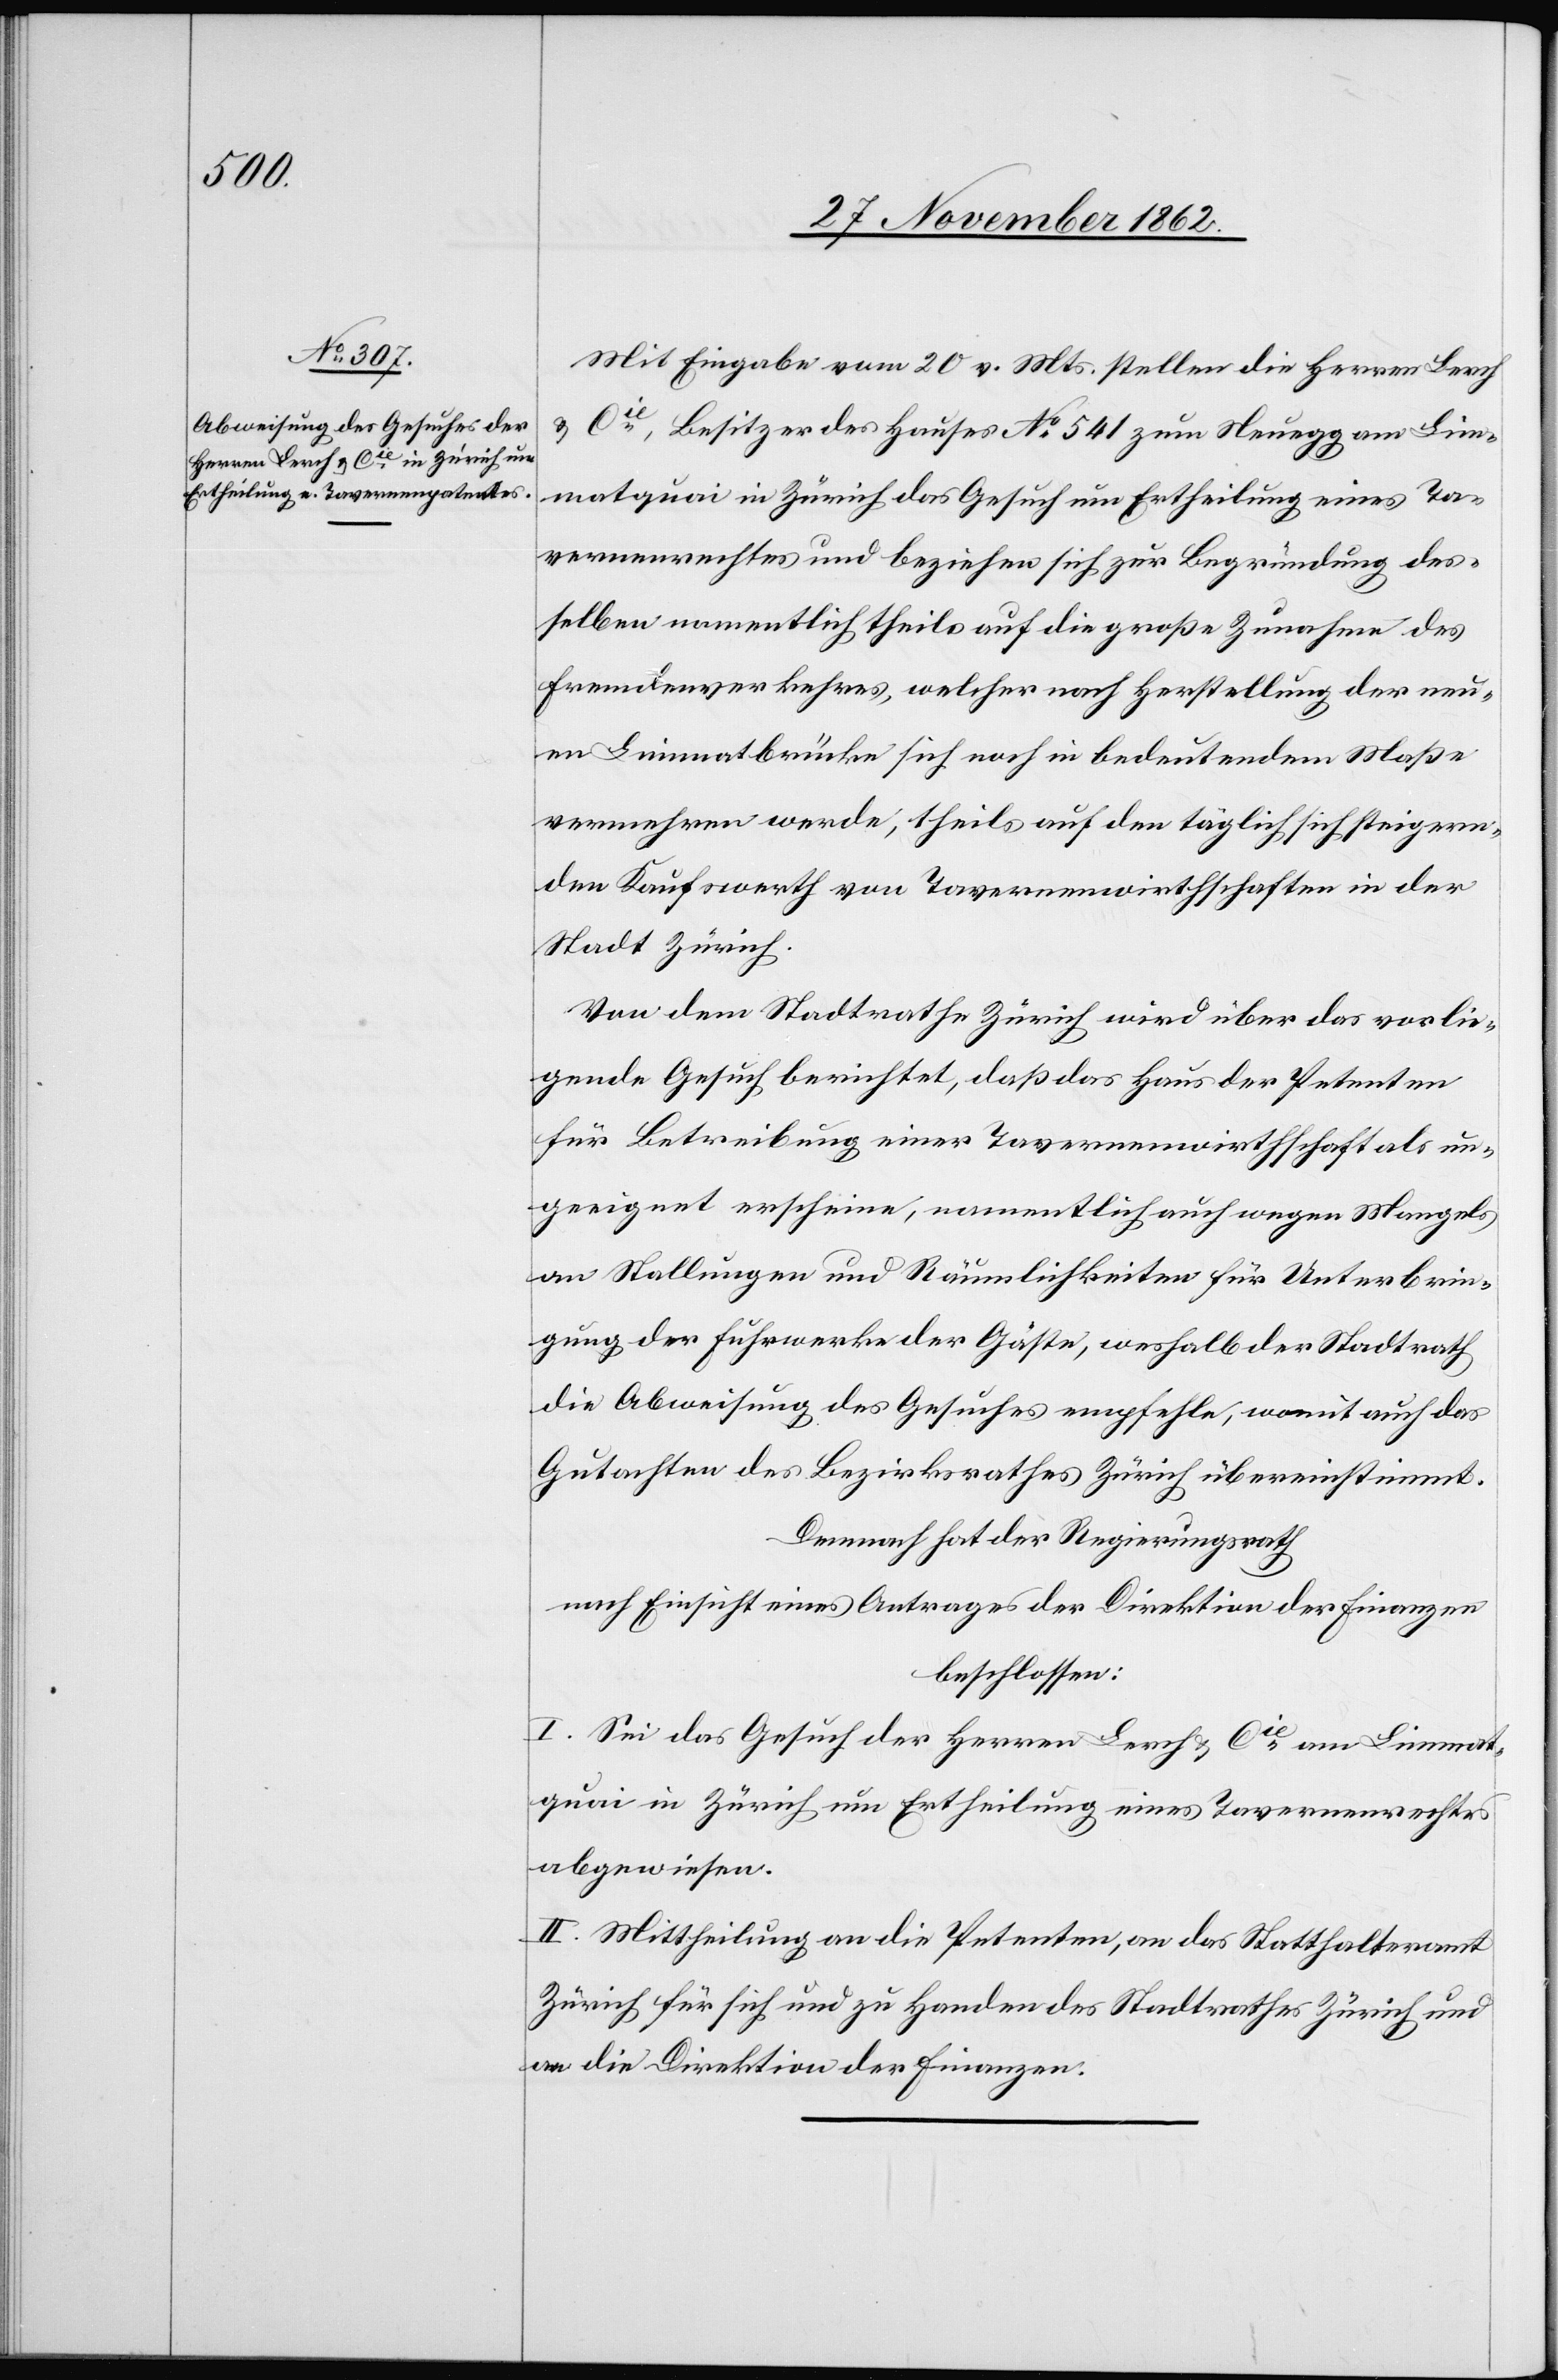
Mit Eingabe vom 20. v. Mts. stellen die Herren Lerch
u. Cie, Besitzer des Hauses No 541 zum Neuegg am Lim¬
matquai in Zürich das Gesuch um Ertheilung eines Ta¬
vernenrechtes und beziehen sich zur Begründung des¬
selben namentlich theils auf die große Zunahme des
Fremdenverkehres, welcher nach Herstellung der neu¬
en Limmatbrücke sich noch in bedeutendem Maße
vermehren werde, theils auf den täglich sich steigern¬
den Kaufswerth von Tavernenwirthschaften in der
Stadt Zürich.
Von dem Stadtrathe Zürich wird über das vorlie¬
gende Gesuch berichtet, daß das Haus der Petenten
für Betreibung einer Tavernenwirthschaft als un¬
geeignet erscheine, namentlich auch wegen Mangels
an Stellungen und Räumlichkeiten für Unterbrin¬
gung der Fuhrwerke der Gäste, weshalb der Stadtrath
die Abweisung des Gesuches empfehle, womit auch das
Gutachten des Bezirksrathes Zürich übereinstimmt.
Demnach hat der Regierungsrath
nach Einsicht eines Antrages der Direktion der Finanzen
beschlossen:
I. Sei das Gesuch der Herren Lerch u. Cie am Limmat¬
quai in Zürich um Ertheilung eines Tavernenrechtes
abgewiesen.
II. Mittheilung an die Petenten, an das Statthalteramt
Zürich für sich und zu Handen des Stadtrathes Zürich und
an die Direktion der Finanzen.